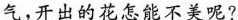
气，开出的花怎能不美呢?